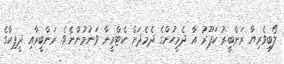
ލޯބިވެރިޔާ ރަންބީރު ކަޕޫރު އާ ދެމީހުންގެ ދެމެދަށް ކެޓްރީނާ ވަނުމުންނެވެ. ރަންބީރާއި ދީޕިކާގެ